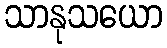
သာနုသယော